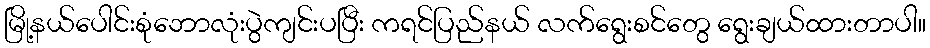
မြို့နယ်ပေါင်းစုံဘောလုံးပွဲကျင်းပပြီး ကရင်ပြည်နယ် လက်ရွေးစင်တွေ ရွေးချယ်ထားတာပါ။